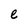
Character: e